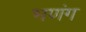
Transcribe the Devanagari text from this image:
भणंग